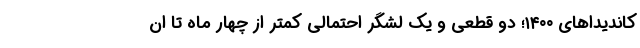
کاندیداهای ۱۴۰۰؛ دو قطعی و یک لشگر احتمالی کمتر از چهار ماه تا ان